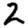
Digit: 2